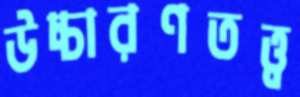
উচ্চারণতত্ত্ব